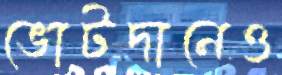
ভোটদানেও